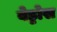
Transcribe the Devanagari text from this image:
बेड्डोस